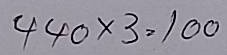
440 x 3 = 100